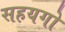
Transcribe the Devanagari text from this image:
सहयगो